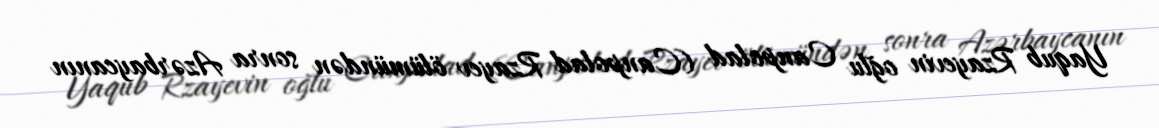
Yaqub Rzayevin oğlu Canpolad (Canpolad Rzayev ölümündən sonra Azərbaycanın